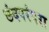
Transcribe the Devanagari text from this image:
छंदपरंपरा